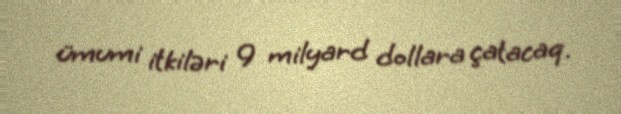
ümumi itkiləri 9 milyard dollara çatacaq.